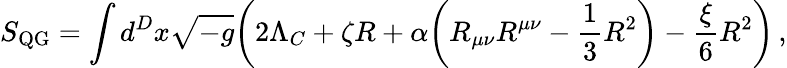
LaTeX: S_{\mathrm{QG}}=\int d^{D}x\sqrt{-g}\bigg(2\Lambda_{C}+\zeta R+\alpha\bigg(R_{\mu\nu}R^{\mu\nu}-\frac{1}{3}R^{2}\bigg)-\frac{\xi}{6}R^{2}\bigg)\, ,